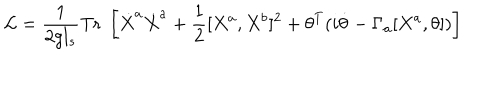
{ \cal L } = \frac { 1 } { 2 g l _ { s } } \mathrm { T r } \; \left[ \dot { X } ^ { a } \dot { X } ^ { a } + \frac { 1 } { 2 } [ X ^ { a } , X ^ { b } ] ^ { 2 } + \theta ^ { T } ( i \dot { \theta } - \Gamma _ { a } [ X ^ { a } , \theta ] ) \right]